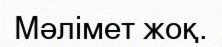
Мәлімет жоқ.